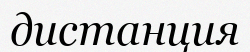
дистанция